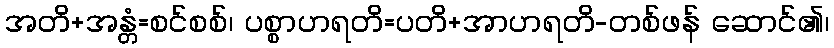
အတိ+အန္တံ=စင်စစ်၊ ပစ္စာဟရတိ=ပတိ+အာဟရတိ-တစ်ဖန် ဆောင်၏၊